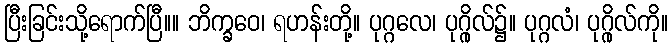
ပြီးခြင်းသို့ရောက်ပြီ။။ ဘိက္ခဝေ၊ ရဟန်းတို့။ ပုဂ္ဂလေ၊ ပုဂ္ဂိုလ်၌။ ပုဂ္ဂလံ၊ ပုဂ္ဂိုလ်ကို။